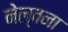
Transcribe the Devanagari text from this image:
नेल्वना